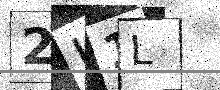
Text: 2L1L